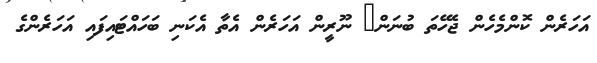
އަހަރެން ކޮންމެހެން ޖެހޭތަ ބުނަން? ނޫރީން އަހަރެން އެތާ އެކަނި ބަހައްޓައިފައި އަހަރެންގެ